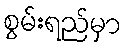
စွမ်းရည်မှာ